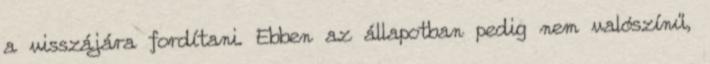
a visszájára fordítani. Ebben az állapotban pedig nem valószínű,